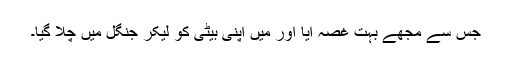
جس سے مجھے بہت غصہ آیا اور میں اپنی بیٹی کو لیکر جنگل میں چلا گیا۔